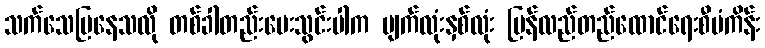
သက်သေပြနေသလို တစ်ခါတည်းပေးသွင်းပါက မျက်လုံးနှစ်လုံး ပြန်လည်တည်ထောင်ရေးစီမံကိန်း